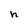
Character: h